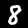
Digit: 8